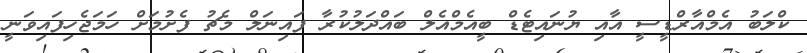
ކްލަބު އެމްއާރްޑީސީ އާއި ޔުނައިޓެޑް ބީއެމްއެލް ބައްދަލުކުރާ ފައިނަލް މެޗު ފެށުމަށް ހަމަޖެހިފައިވަނީ